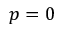
p = 0